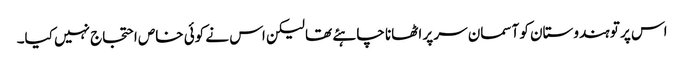
اس پر تو ہندوستان کو آسمان سر پر اٹھانا چاہئے تھا لیکن اس نے کوئی خاص احتجاج نہیں کیا۔